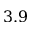
3 . 9